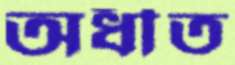
অধীত